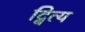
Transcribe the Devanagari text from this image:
द्वित्य